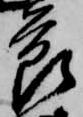
節